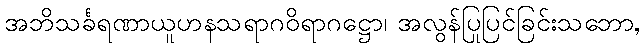
အဘိသင်္ခရဏာယူဟနသရာဂဝိရာဂဋ္ဌော၊ အလွန်ပြုပြင်ခြင်းသဘော,